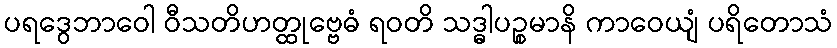
ပရဒွေဘာဝေါ ဝီသတိဟတ္ထုဗ္ဗေဓံ ရဝတိ သဒ္ဓါပဉ္စမာနိ ကာဝေယျံ ပရိတောသံ